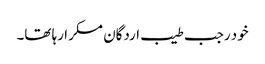
خود رجب طیب اردگان مسکرا رہا تھا۔